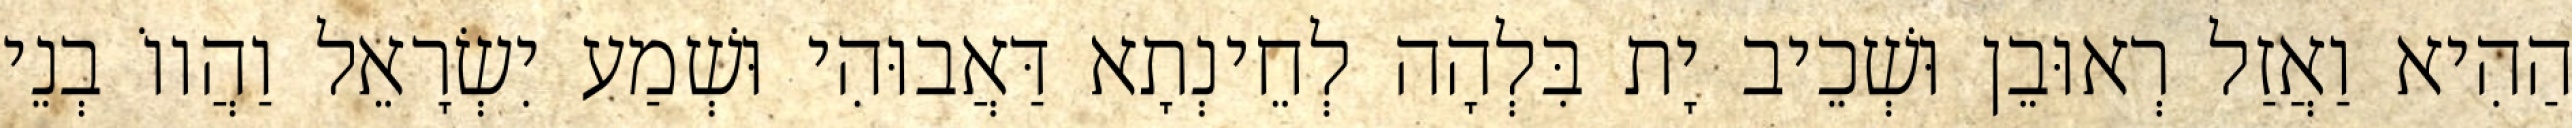
הַהִיא וַאֲזַל רְאוּבֵן וּשְׁכֵיב יָת בִּלְהָה לְחֵינְתָא דַּאֲבוּהִי וּשְׁמַע יִשְׂרָאֵל וַהֲווֹ בְנֵי